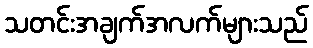
သတင်းအချက်အလက်များသည်